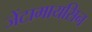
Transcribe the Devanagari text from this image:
जेंटामायसिन